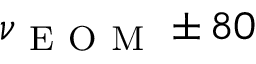
\nu _ { \mathrm { ~ E ~ O ~ M ~ } } \pm 8 0